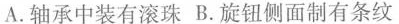
A.轴承中装有滚珠 B.旋钮侧面制有条纹